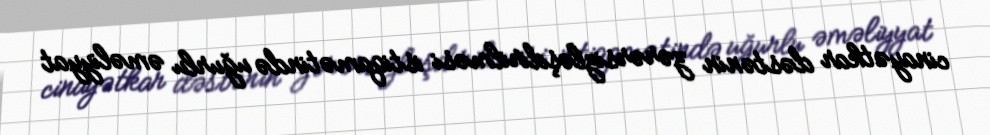
cinayətkar dəstənin zərərsizləşdirilməsi istiqamətində uğurlu əməliyyat